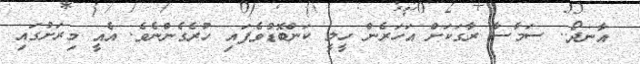
އާނދޯ.. ސަމާސާ ރާގަކަށް އަހަރެން ހީލީ ކަންބޮޑުވެފައި ހުރެގެންނެވެ. އެއީ މިރަށުގައި